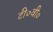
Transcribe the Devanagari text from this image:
टी०वी०